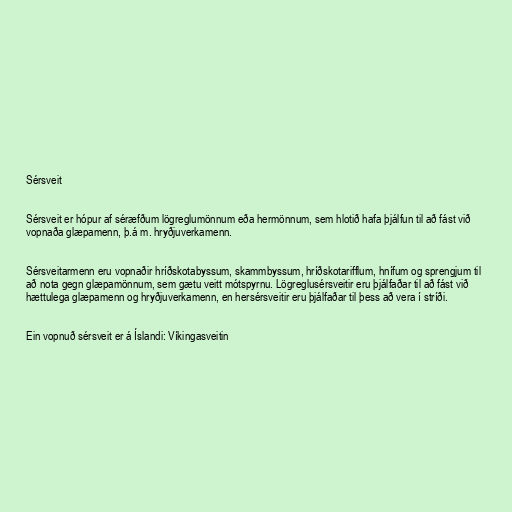
Sérsveit

Sérsveit er hópur af séræfðum lögreglumönnum eða hermönnum, sem hlotið hafa þjálfun til að fást við
vopnaða glæpamenn, þ.á m. hryðjuverkamenn.

Sérsveitarmenn eru vopnaðir hríðskotabyssum, skammbyssum, hríðskotarifflum, hnífum og sprengjum til
að nota gegn glæpamönnum, sem gætu veitt mótspyrnu. Lögreglusérsveitir eru þjálfaðar til að fást við
hættulega glæpamenn og hryðjuverkamenn, en hersérsveitir eru þjálfaðar til þess að vera í stríði.

Ein vopnuð sérsveit er á Íslandi: Víkingasveitin